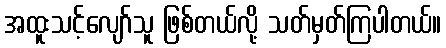
အထူးသင့်လျော်သူ ဖြစ်တယ်လို့ သတ်မှတ်ကြပါတယ်။